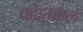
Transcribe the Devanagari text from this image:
कोट्टाक्कल